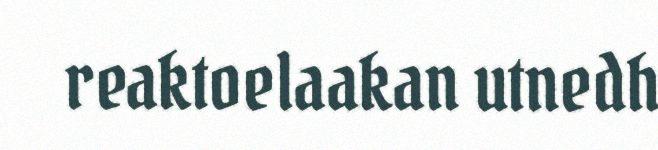
reaktoelaakan utnedh